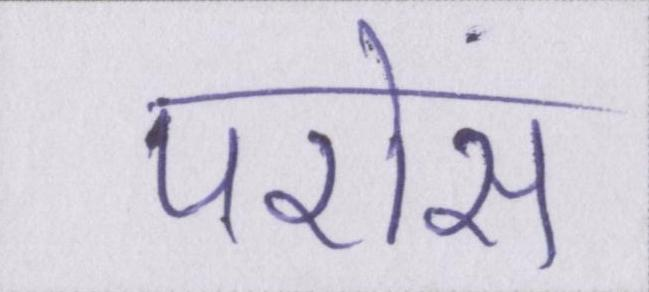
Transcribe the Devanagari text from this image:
परोस